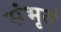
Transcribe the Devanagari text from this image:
संभृतं